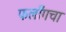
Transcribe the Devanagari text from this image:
फर्लाँगचा